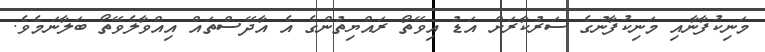
މަނިކުފާނާއި މަނިކުފާނުގެ ސަރުކާރަށް އަޑު އިވޭތޯ ރައްޔިތުންގެ އެ އާދޭސްތައް އިއްވާލެވޭތޯ ބަލާނަމެވެ.